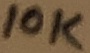
Text: 10K